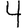
Digit: 4